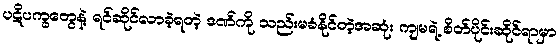
ပဋိပက္ခတွေနဲ့ ရင်ဆိုင်လာခဲ့ရတဲ့ ဒဏ်ကို သည်းမခံနိုင်တဲ့အဆုံး ကျမရဲ့ စိတ်ပိုင်းဆိုင်ရာမှာ